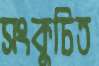
সংকুচিত